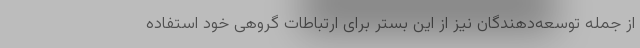
از جمله توسعه‌دهندگان نیز از این بستر برای ارتباطات گروهی خود استفاده